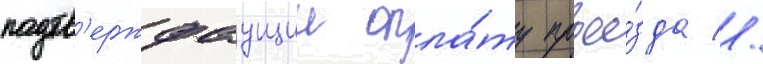
подтв'ерждаущии опла́ту прое́зда //